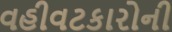
વહીવટકારોની